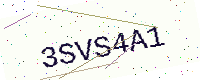
Text: 3SVS4A1